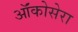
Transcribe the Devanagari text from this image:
ऑंकोसेरा